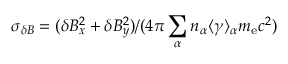
\sigma _ { \delta B } = ( \delta B _ { x } ^ { 2 } + \delta B _ { y } ^ { 2 } ) / ( 4 \pi \sum _ { \alpha } n _ { \alpha } \langle \gamma \rangle _ { \alpha } m _ { \mathrm { e } } c ^ { 2 } )